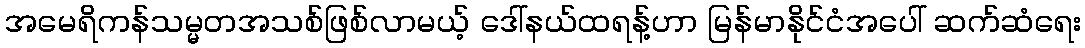
အမေရိကန်သမ္မတအသစ်ဖြစ်လာမယ့် ဒေါ်နယ်ထရန့်ဟာ မြန်မာနိုင်ငံအပေါ် ဆက်ဆံရေး